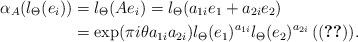
LaTeX: \begin{align*}\alpha_A(l_\Theta(e_i))&=l_\Theta(Ae_i) =l_\Theta(a_{1i}e_1+ a_{2i}e_2)\\ &=\exp(\pi i \theta a_{1i}a_{2i}) l_\Theta(e_1)^{a_{1i}} l_\Theta(e_2)^{a_{2i}} \, ((\ref{expansion})).\end{align*}